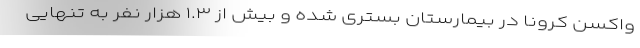
واکسن کرونا در بیمارستان بستری شده و بیش از ۱.۳ هزار نفر به تنهایی